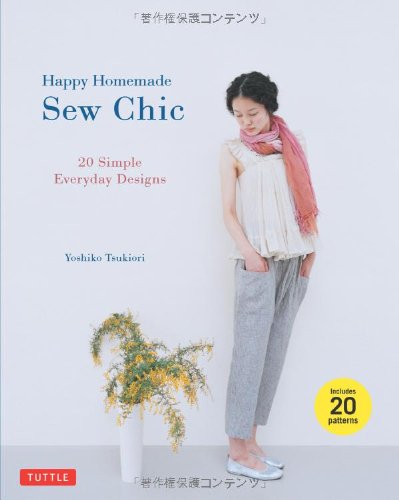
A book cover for Happy Homemade: Sew Chic: 20 Simple Everyday Designs; Yoshiko Tsukiori; Arts & Photography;